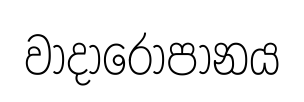
වාදාරෝපානය